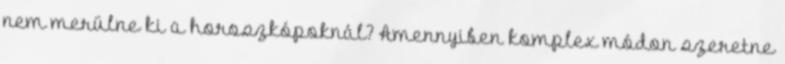
nem merülne ki a horoszkópoknál? Amennyiben komplex módon szeretne